Malaria in India - Number 2
Disease focus: Malaria
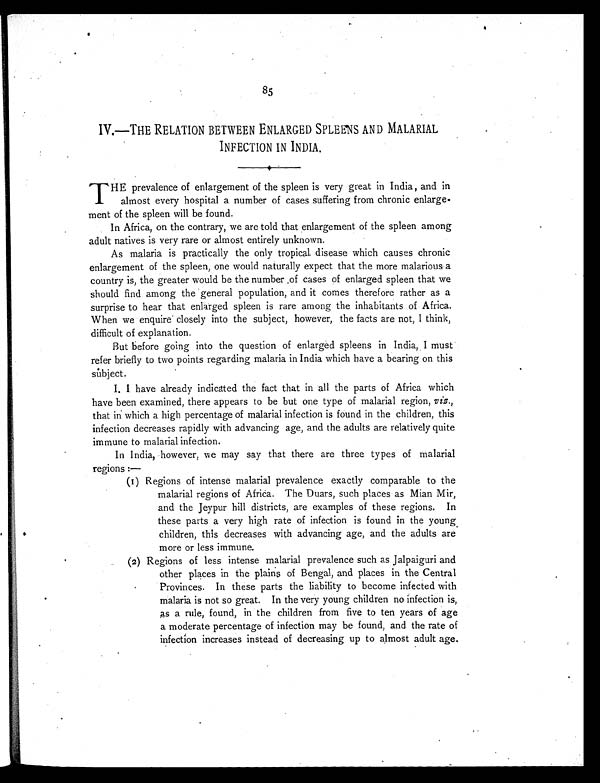
85
IV.—THE RELATION BETWEEN ENLARGED SPLEENS AND MALARIAL
INFECTION IN INDIA.
The prevalence of enlargement of the spleen is very great in India , and in
almost every hospital a number of cases suffering from chronic enlarge-
ment of the spleen will be found.
In Africa, on the contrary, we are told that enlargement of the spleen among
adult natives is very rare or almost entirely unknown.
As malaria is practically the only tropical. disease which causes chronic
enlargement of the spleen, one would naturally expect that the more malarious a
country is, the greater would be the number of cases of enlarged spleen that we
should find among the general population, and it comes therefore rather as a
surprise to hear that enlarged spleen is rare among the inhabitants of Africa.
When we enquire closely into the subject, however, the facts are not, I think,
difficult of explanation.
But before going into the question of enlarged spleens in India, I must
refer briefly to two points regarding malaria in India which have a bearing on this
subject.
I. I have already indicated the fact that in all the parts of Africa which
have been examined, there appears to be but one type of malarial region, viz.,
that in which a high percentage of malarial infection is found in the children, this
infection decreases rapidly with advancing age, and the adults are relatively quite
immune to malarial infection.
In India, however, we may say that there are three types of malarial
regions :—
(1) Regions of intense malarial prevalence exactly comparable to the
malarial regions of Africa. The Duars, such places as Mian Mir,
and the Jeypur hill districts, are examples of these regions. In
these parts a very high rate of infection is found in the young
children, this decreases with advancing age, and the adults are
more or less immune.
(2) Regions of less intense malarial prevalence such as Jalpaiguri and
other places in the plains of Bengal, and places in the Central
Provinces. In these parts the liability to become infected with
malaria is not so great. In the very young children no infection is,
as a rule, found, in the children from five to ten years of age
a moderate percentage of infection may be found, and the rate of
infection increases instead of decreasing up to almost adult age.